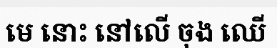
មេ នោះ នៅលើ ចុង ឈើ